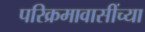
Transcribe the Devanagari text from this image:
परिक्रमावासींच्या